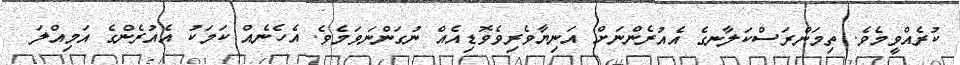
ކުރެއްވީމެވެ. ތިމަންރަސްކަލާނގެ އެއުރެންނަށް އަނިޔާވެރިވެވޮޑިއެއް ނުގަންނަވަމެވެ. އެހެނެއް ކަމަކު އެއުރެންގެ އަމިއްލަ